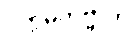
ပက္ကမိတဗ္ဗာတိ